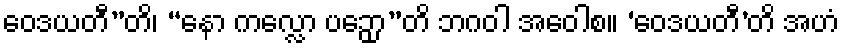
ဝေဒယတီ”တိ၊ “နော ကလ္လော ပဉှော”တိ ဘဂဝါ အဝေါစ။ ‘ဝေဒယတီ’တိ အဟံ